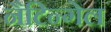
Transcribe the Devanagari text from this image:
नैटिन्गेल